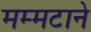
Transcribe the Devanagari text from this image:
मम्मटाने